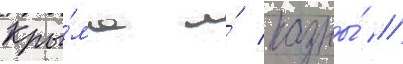
Кры́ма и́ казны́ //